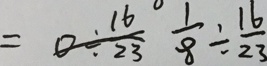
= 0 \div \frac { 1 6 } { 2 3 } \frac { 1 } { 8 } \div \frac { 1 6 } { 2 3 }